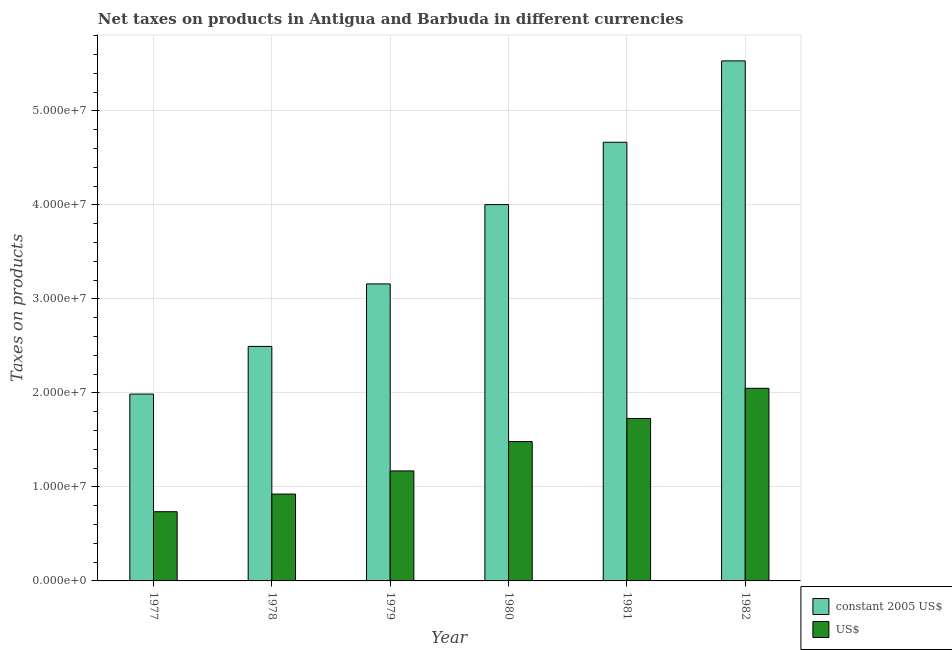
| Year | constant 2005 US$ | US$ |
 | --- | --- | --- |
 | 1977 | 1.99e+07 | 7.36e+06 |
 | 1978 | 2.5e+07 | 9.24e+06 |
 | 1979 | 3.16e+07 | 1.17e+07 |
 | 1980 | 4e+07 | 1.48e+07 |
 | 1981 | 4.67e+07 | 1.73e+07 |
 | 1982 | 5.53e+07 | 2.05e+07 |